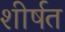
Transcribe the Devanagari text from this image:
शीर्षत